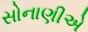
સોનાણીએ